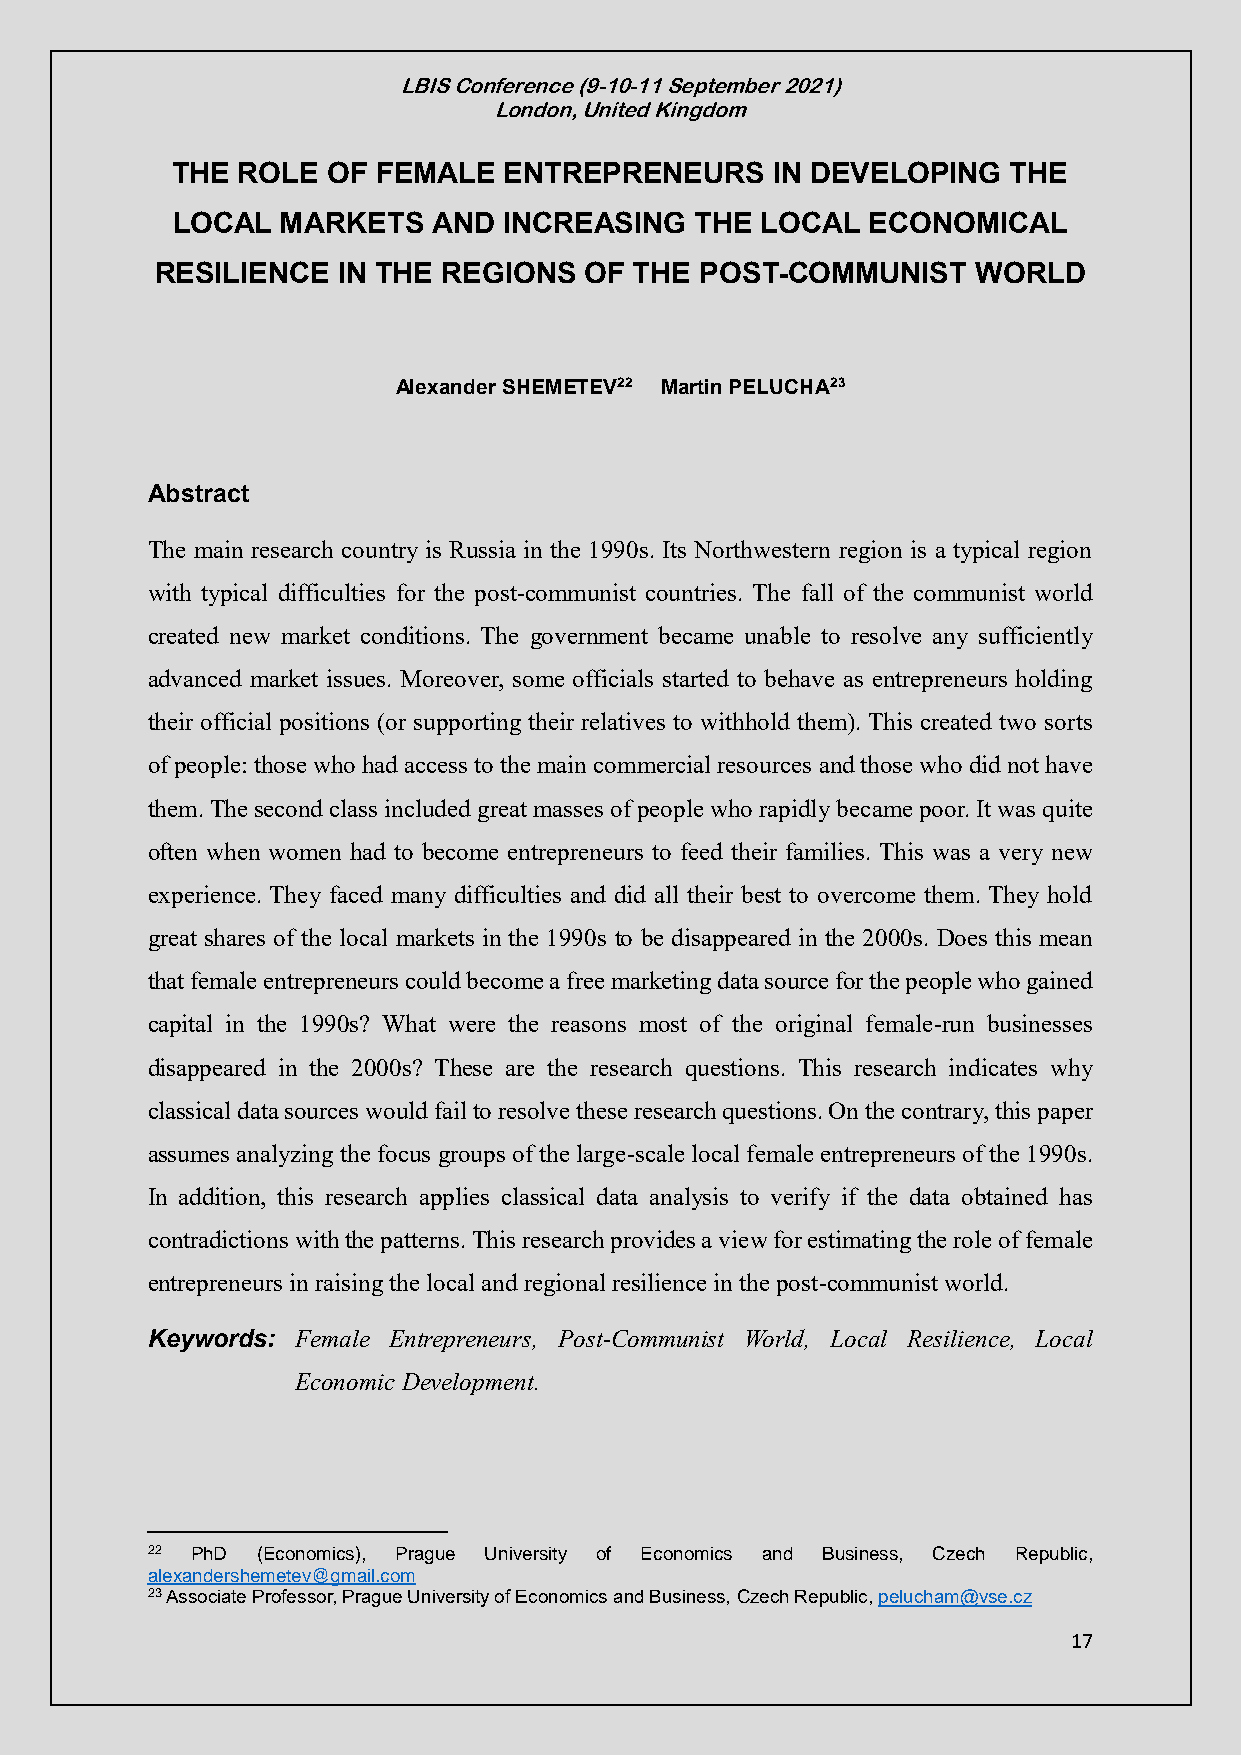
LBIS Conference (9-10-11 September 2021)
 London, United Kingdom
 THE  ROLE  OF FEMALE  ENTREPRENEURS     IN DEVELOPING   THE
 LOCAL   MARKETS   AND INCREASING   THE LOCAL   ECONOMICAL
 RESILIENCE  IN THE REGIONS   OF THE POST-COMMUNIST     WORLD
 Alexander SHEMETEV22 Martin PELUCHA23
 Abstract
 The main research country is Russia in the 1990s. Its Northwestern region is a typical region
 with typical difficulties for the post-communist countries. The fall of the communist world
 created new market conditions. The government became unable to resolve any sufficiently
 advanced market issues. Moreover, some officials started to behave as entrepreneurs holding
 their official positions (or supporting their relatives to withhold them). This created two sorts
 of people: those who had access to the main commercial resources and those who did not have
 them. The second class included great masses of people who rapidly became poor. It was quite
 often when women had to become entrepreneurs to feed their families. This was a very new
 experience. They faced many difficulties and did all their best to overcome them. They hold
 great shares of the local markets in the 1990s to be disappeared in the 2000s. Does this mean
 that female entrepreneurs could become a free marketing data source for the people who gained
 capital in the 1990s? What were the reasons most of the original female-run businesses
 disappeared in the 2000s? These are the research questions. This research indicates why
 classical data sources would fail to resolve these research questions. On the contrary, this paper
 assumes analyzing the focus groups of the large-scale local female entrepreneurs of the 1990s.
 In addition, this research applies classical data analysis to verify if the data obtained has
 contradictions with the patterns. This research provides a view for estimating the role of female
 entrepreneurs in raising the local and regional resilience in the post-communist world.
 Keywords: Female Entrepreneurs, Post-Communist World, Local Resilience, Local
 Economic Development.
 22 PhD (Economics), Prague University of Economics and Business, Czech Republic,
 alexandershemetev@gmail.com
 23 Associate Professor, Prague University of Economics and Business, Czech Republic, pelucham@vse.cz
 17